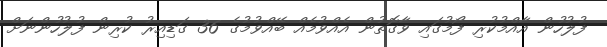
ފުލުހުން އާއްމުކުރި ފޯމުގައި ވާގޮތުން އެއްވުމެއް ބޭއްވުމުގެ 36 ގަޑިއިރު ކުރިން ފުލުހުންނަށް